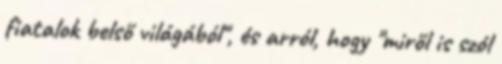
fiatalok belső világából", és arról, hogy "miről is szól